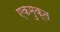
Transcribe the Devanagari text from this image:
एकमुक्त